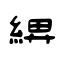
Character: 綥